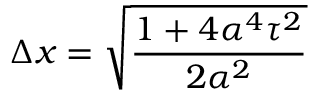
\Delta x = \sqrt { \frac { 1 + 4 \alpha ^ { 4 } \tau ^ { 2 } } { 2 \alpha ^ { 2 } } }